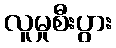
လူမှုစီးပွား